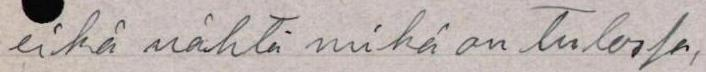
eikä nähtä mikä on tulossa,